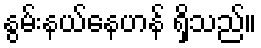
နွမ်းနယ်နေဟန် ရှိသည်။